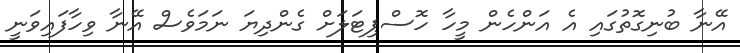
އޭނާ ބުނިގޮތުގައި އެ އަންހެން މީހާ ހޮސްޕިޓަލަށް ގެންދިޔަ ނަމަވެސް އޭނާ ވިހާފައިވަނީ